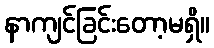
နာကျင်ခြင်းတော့မရှိ။